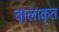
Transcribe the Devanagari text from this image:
बालाकृत